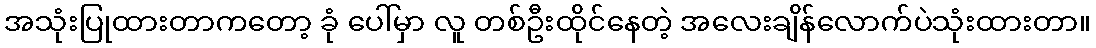
အသုံးပြုထားတာကတော့ ခုံ ပေါ်မှာ လူ တစ်ဦးထိုင်နေတဲ့ အလေးချိန်လောက်ပဲသုံးထားတာ။